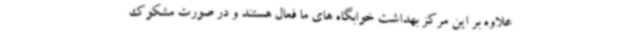
علاوه بر این مرکز بهداشت خوابگاه های ما فعال هستند و در صورت مشکوک